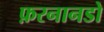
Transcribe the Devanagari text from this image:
फ़रनानडो